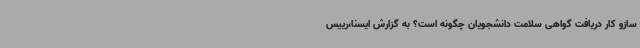
سازو کار دریافت گواهی سلامت دانشجویان چگونه است؟ به گزارش ایسنا،رییس